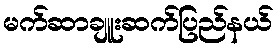
မက်ဆာချူးဆက်ပြည်နယ်